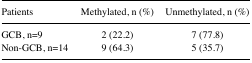
<table><thead><tr><td><b>Patients</b></td><td><b>Methylated, n (%)</b></td><td><b>Unmethylated, n (%)</b></td></tr></thead><tbody><tr><td>GCB, n=9</td><td>2 (22.2)</td><td>7 (77.8)</td></tr><tr><td>Non-GCB, n=14</td><td>9 (64.3)</td><td>5 (35.7)</td></tr></tbody></table>